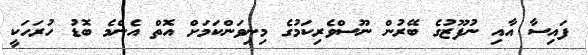
ފައިސާ އާއި ނުފޫޒުގެ ބޭރުން ނޫސްވެރިކަމުގެ މިނިވަންކަމަށް އޮތް އެންމެ ބޮޑު ހުރަހަކީ